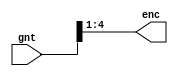
module pe(gnt,enc);
   //synopsys template
   parameter OUT_WIDTH=4;
   parameter IN_WIDTH=1<<OUT_WIDTH;

   input [IN_WIDTH-1:0] gnt;
   output [OUT_WIDTH-1:0] enc;

   wor [OUT_WIDTH-1:0] enc;

   genvar i,j;
   generate
      for(i=0;i<OUT_WIDTH;i=i+1)
      begin : foo
         for(j=1;j<IN_WIDTH;j=j+1)
         begin : bar
            if(j[i])
               assign enc[i] = gnt[j];
         end
      end
   endgenerate
endmodule


module pd(enc,gnt);
   //synopsys template
   parameter OUT_WIDTH=16;
   parameter IN_WIDTH=4;

   input  [IN_WIDTH-1:0] enc;
   output [OUT_WIDTH-1:0] gnt;

   assign gnt = 1 << enc;
endmodule